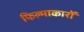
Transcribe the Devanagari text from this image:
फिल्माकारों